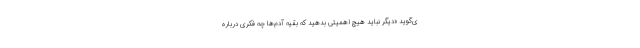
ی‌گوید «دیگر نباید هیچ اهمیتی بدهید که بقیهٔ آدم‌ها چه فکری دربارهٔ